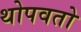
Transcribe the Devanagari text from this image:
थोपवतो